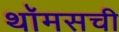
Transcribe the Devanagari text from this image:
थॉमसची